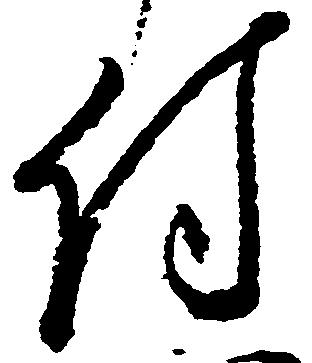
付